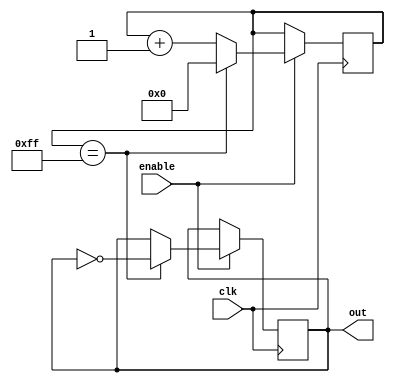
module clock_divider(
    input wire clk,
    input wire enable,
    output reg out
);

reg [7:0] counter;

always @(posedge clk) begin
    if (enable) begin
        if (counter == 8'hFF) begin
            counter <= 0;
            out <= ~out;
        end else begin
            counter <= counter + 1;
        end
    end
end

endmodule